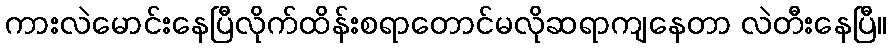
ကားလဲမောင်းနေပြီလိုက်ထိန်းစရာတောင်မလိုဆရာကျနေတာ လဲတီးနေပြီ။